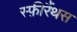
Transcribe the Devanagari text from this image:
स्फ़ीरैंथस